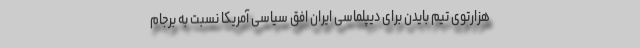
هزارتوی تیم بایدن برای دیپلماسی ایران افق سیاسی آمریکا نسبت به برجام